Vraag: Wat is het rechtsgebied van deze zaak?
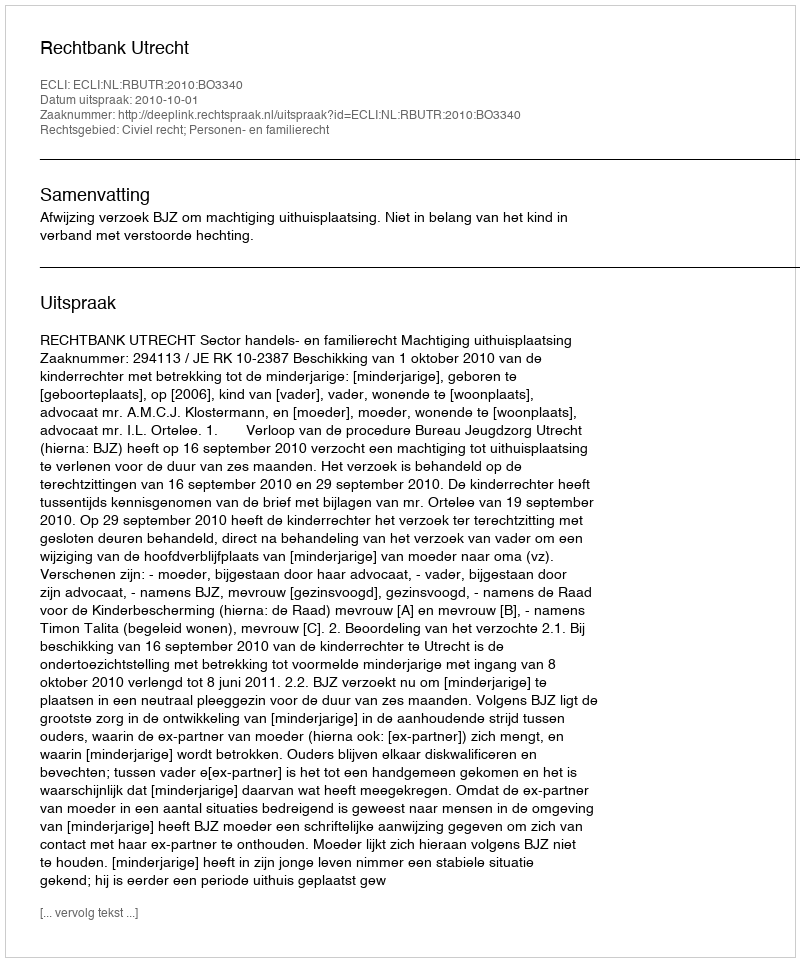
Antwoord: Civiel recht; Personen- en familierecht